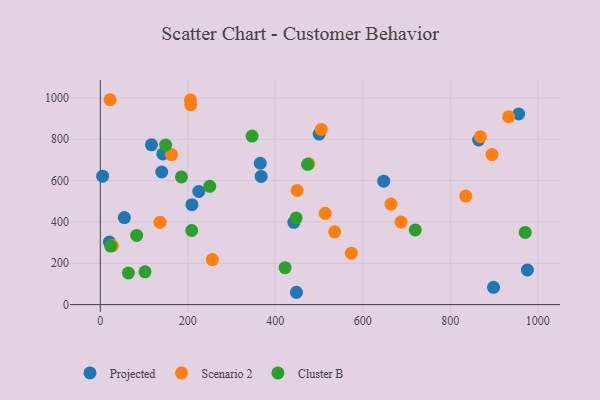
{"axis": {"x": "Engine Size", "y": "Rating"}, "legend": ["Cluster B", "Projected", "Scenario 2"], "data": [{"x": "20.7", "y": 303.0, "type": "Projected"}, {"x": "442.4", "y": 398.0, "type": "Projected"}, {"x": "140.4", "y": 641.7, "type": "Projected"}, {"x": "864.9", "y": 796.4, "type": "Projected"}, {"x": "976.3", "y": 167.5, "type": "Projected"}, {"x": "209.4", "y": 483.4, "type": "Projected"}, {"x": "142.8", "y": 729.1, "type": "Projected"}, {"x": "367.7", "y": 620.1, "type": "Projected"}, {"x": "365.7", "y": 684.0, "type": "Projected"}, {"x": "956.4", "y": 922.4, "type": "Projected"}, {"x": "898.9", "y": 83.6, "type": "Projected"}, {"x": "500.4", "y": 825.4, "type": "Projected"}, {"x": "117.0", "y": 773.0, "type": "Projected"}, {"x": "225.1", "y": 547.8, "type": "Projected"}, {"x": "647.8", "y": 597.3, "type": "Projected"}, {"x": "55.0", "y": 420.9, "type": "Projected"}, {"x": "448.3", "y": 59.6, "type": "Projected"}, {"x": "5.3", "y": 621.3, "type": "Projected"}, {"x": "136.6", "y": 398.2, "type": "Scenario 2"}, {"x": "835.4", "y": 524.9, "type": "Scenario 2"}, {"x": "27.8", "y": 285.7, "type": "Scenario 2"}, {"x": "22.3", "y": 991.4, "type": "Scenario 2"}, {"x": "206.1", "y": 990.2, "type": "Scenario 2"}, {"x": "256.0", "y": 218.0, "type": "Scenario 2"}, {"x": "162.7", "y": 726.1, "type": "Scenario 2"}, {"x": "476.5", "y": 681.4, "type": "Scenario 2"}, {"x": "895.4", "y": 726.2, "type": "Scenario 2"}, {"x": "505.2", "y": 847.6, "type": "Scenario 2"}, {"x": "206.7", "y": 967.2, "type": "Scenario 2"}, {"x": "687.4", "y": 399.2, "type": "Scenario 2"}, {"x": "450.0", "y": 552.2, "type": "Scenario 2"}, {"x": "933.5", "y": 909.3, "type": "Scenario 2"}, {"x": "514.1", "y": 441.9, "type": "Scenario 2"}, {"x": "573.9", "y": 249.0, "type": "Scenario 2"}, {"x": "535.7", "y": 351.9, "type": "Scenario 2"}, {"x": "869.0", "y": 812.2, "type": "Scenario 2"}, {"x": "664.5", "y": 486.2, "type": "Scenario 2"}, {"x": "185.4", "y": 617.7, "type": "Cluster B"}, {"x": "102.2", "y": 158.5, "type": "Cluster B"}, {"x": "473.9", "y": 678.6, "type": "Cluster B"}, {"x": "720.0", "y": 361.4, "type": "Cluster B"}, {"x": "347.0", "y": 815.4, "type": "Cluster B"}, {"x": "422.4", "y": 178.5, "type": "Cluster B"}, {"x": "447.7", "y": 419.2, "type": "Cluster B"}, {"x": "971.4", "y": 349.0, "type": "Cluster B"}, {"x": "149.3", "y": 771.9, "type": "Cluster B"}, {"x": "23.6", "y": 283.1, "type": "Cluster B"}, {"x": "83.2", "y": 334.9, "type": "Cluster B"}, {"x": "250.2", "y": 572.3, "type": "Cluster B"}, {"x": "208.9", "y": 358.6, "type": "Cluster B"}, {"x": "64.2", "y": 152.9, "type": "Cluster B"}]}